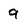
Character: 9